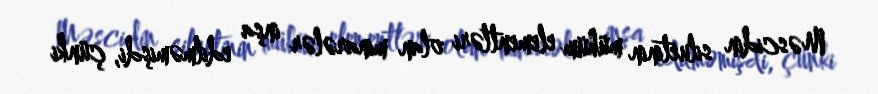
Məscidin siluetinin mühüm elementləri olan minarələr inşa edilməmişdi, çünki